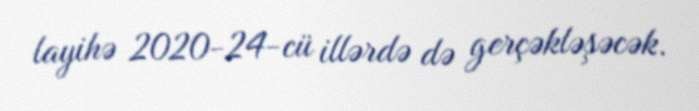
layihə 2020-24-cü illərdə də gerçəkləşəcək.